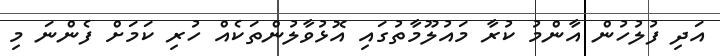
އަދި ފުލުހުން އާންމު ކުރާ މައުލޫމާތުގައި އޮޅުވާލުންތަކެއް ހުރި ކަމަށް ފެންނަ މި